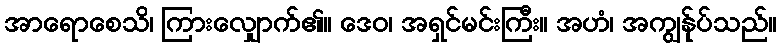
အာရောစေသိ၊ ကြားလျှောက်၏။ ဒေဝ၊ အရှင်မင်းကြီး။ အဟံ၊ အကျွန်ုပ်သည်။